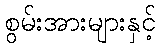
စွမ်းအားများနှင့်